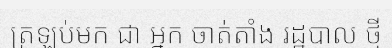
ត្រឡប់មក ជា អ្នក ចាត់តាំង រដ្ឋបាល ថ្មី